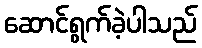
ဆောင်ရွက်ခဲ့ပါသည်